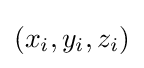
(x_{i},y_{i},z_{i})